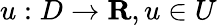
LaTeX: u:D\rightarrow\mathbf{R},u\in U